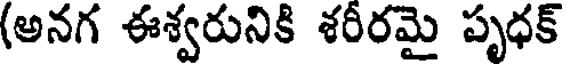
(అనగ ఈశ్వరునికి శరీరమై పృధక్